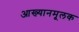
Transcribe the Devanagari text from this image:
आख्यानमूलक